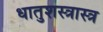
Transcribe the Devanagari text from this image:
धातुशस्त्रास्त्र